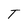
Character: T